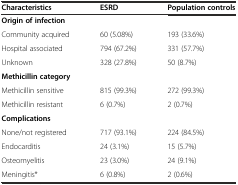
<table><thead><tr><td><b>Characteristics</b></td><td><b>ESRD</b></td><td><b>Population controls</b></td></tr></thead><tbody><tr><td colspan="3"><b>Origin of infection</b></td></tr><tr><td>Community acquired</td><td>60 (5.08%)</td><td>193 (33.6%)</td></tr><tr><td>Hospital associated</td><td>794 (67.2%)</td><td>331 (57.7%)</td></tr><tr><td>Unknown</td><td>328 (27.8%)</td><td>50 (8.7%)</td></tr><tr><td colspan="3"><b>Methicillin category</b></td></tr><tr><td>Methicillin sensitive</td><td>815 (99.3%)</td><td>272 (99.3%)</td></tr><tr><td>Methicillin resistant</td><td>6 (0.7%)</td><td>2 (0.7%)</td></tr><tr><td><b>Complications</b></td><td colspan="2"></td></tr><tr><td>None/not registered</td><td>717 (93.1%)</td><td>224 (84.5%)</td></tr><tr><td>Endocarditis</td><td>24 (3.1%)</td><td>15 (5.7%)</td></tr><tr><td>Osteomyelitis</td><td>23 (3.0%)</td><td>24 (9.1%)</td></tr><tr><td>Meningitis*</td><td>6 (0.8%)</td><td>2 (0.6%)</td></tr></tbody></table>